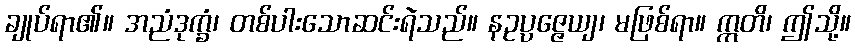
ချုပ်ရာ၏။ အညံဒုက္ခံ၊ တစ်ပါးသောဆင်းရဲသည်။ နဥပ္ပဇ္ဇေယျ၊ မဖြစ်ရာ။ ဣတိ၊ ဤသို့။